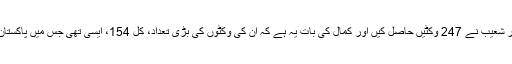
مجموعی طور پر شعیب نے 247 وکٹیں حاصل کیں اور کمال کی بات یہ ہے کہ ان کی وکٹوں کی بڑی تعداد، کل 154، ایسی تھی جس میں پاکستان نے مقابلہ جیتا۔